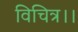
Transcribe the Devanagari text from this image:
विचित्र।।